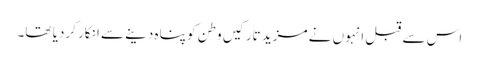
اس سے قبل انہوں نے مزید تارکیں وطن کو پناہ دینے سے انکار کردیا تھا۔